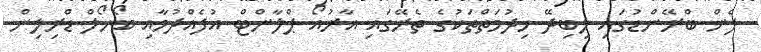
ފެން ބްރޭންޑުގައި ލިބިދޭ ހިދުމަތްތަކުގެ ތެރޭގައި އާރުއޯ ޕްލާންޓް އުފެއްދުމާއި ބޯހޯލް ޑްރިލިން